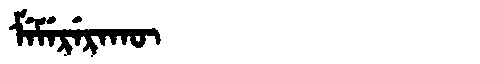
Manchu: ᠮᡝᠮᡝᡵᡝᡵᠠᡴᡡ
Romanization: MEMERERAKŪ